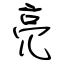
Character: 亮